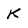
Character: K